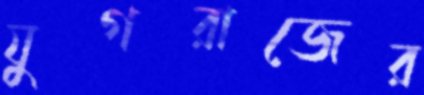
যুগরাজের